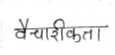
मजकूर: वैचारीकता